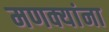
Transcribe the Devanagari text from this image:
मणक्यांना